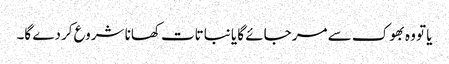
یا تو وہ بھوک سے مر جائے گا یا نباتات کھانا شروع کردے گا۔